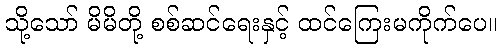
သို့သော် မိမိတို့ စစ်ဆင်ရေးနှင့် ထင်ကြေးမကိုက်ပေ။